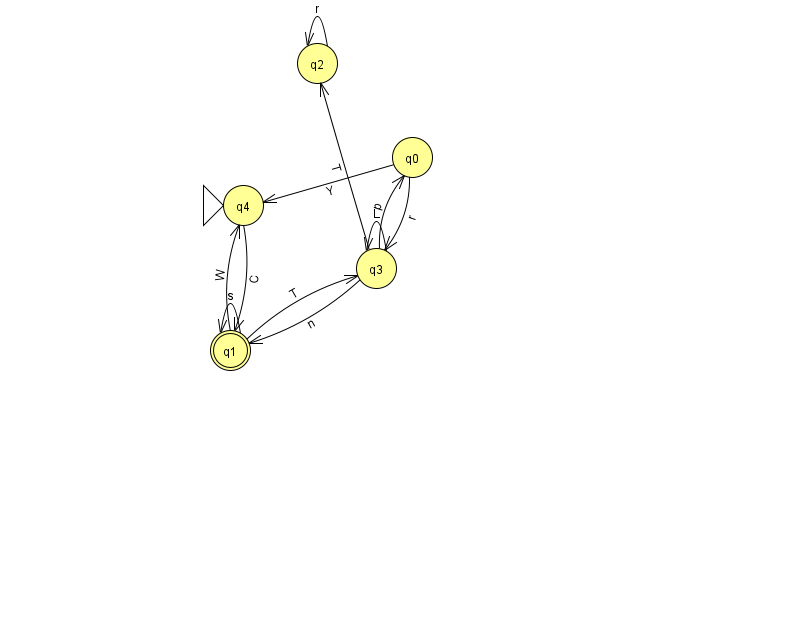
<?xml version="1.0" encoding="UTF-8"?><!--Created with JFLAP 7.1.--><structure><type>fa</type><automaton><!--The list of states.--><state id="0" name="q0"><x>412.0</x><y>144.0</y></state><state id="1" name="q1"><x>230.0</x><y>337.0</y><final/></state><state id="2" name="q2"><x>317.0</x><y>50.0</y></state><state id="3" name="q3"><x>376.0</x><y>255.0</y></state><state id="4" name="q4"><x>243.0</x><y>192.0</y><initial/></state><!--The list of transitions.--><transition><from>0</from><to>4</to><read>Y</read></transition><transition><from>2</from><to>2</to><read>r</read></transition><transition><from>3</from><to>1</to><read>n</read></transition><transition><from>1</from><to>1</to><read>s</read></transition><transition><from>1</from><to>3</to><read>T</read></transition><transition><from>1</from><to>4</to><read>W</read></transition><transition><from>3</from><to>0</to><read>p</read></transition><transition><from>0</from><to>3</to><read>r</read></transition><transition><from>3</from><to>3</to><read>L</read></transition><transition><from>3</from><to>2</to><read>T</read></transition><transition><from>4</from><to>1</to><read>C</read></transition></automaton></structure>